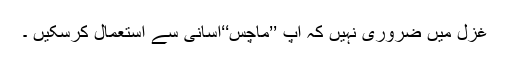
غزل میں ضروری نہیں کہ آپ ’’ماچس‘‘آسانی سے استعمال کرسکیں ۔